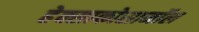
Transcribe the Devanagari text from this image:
हेक्साकोसानॉल